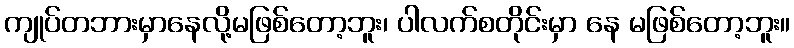
ကျုပ်တဘားမှာနေလို့မဖြစ်တော့ဘူး၊ ပါလက်စတိုင်းမှာ နေ မဖြစ်တော့ဘူး။